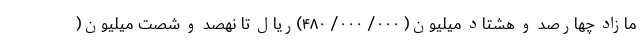
مازاد چهارصد و هشتاد میلیون( ۰۰۰/ ۰۰۰/ ۴۸۰)ریال تا نهصد و شصت میلیون(